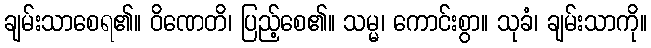
ချမ်းသာစေရ၏။ ဝိဏေတိ၊ ပြည့်စေ၏။ သမ္မ၊ ကောင်းစွာ။ သုခံ၊ ချမ်းသာကို။